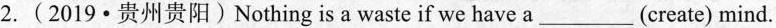
2.(2019·贵州贵阳)Nothing is a waste if we have a_______(create) mind.